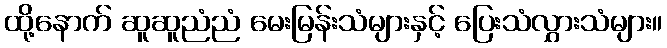
ထို့နောက် ဆူဆူညံညံ မေးမြန်းသံများနှင့် ပြေးသံလွှားသံများ။